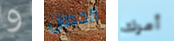
و الحصان أمرك